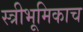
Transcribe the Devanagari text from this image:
स्त्रीभूमिकाच